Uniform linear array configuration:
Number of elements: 12
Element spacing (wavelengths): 0.5
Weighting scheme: uniform
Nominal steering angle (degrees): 30
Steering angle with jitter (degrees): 30.191
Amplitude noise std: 0.05
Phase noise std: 0.05

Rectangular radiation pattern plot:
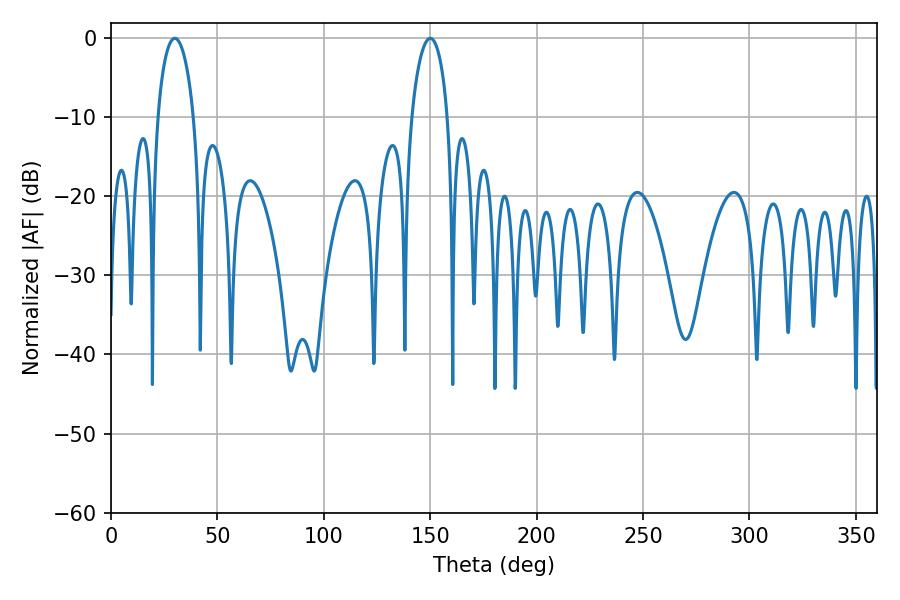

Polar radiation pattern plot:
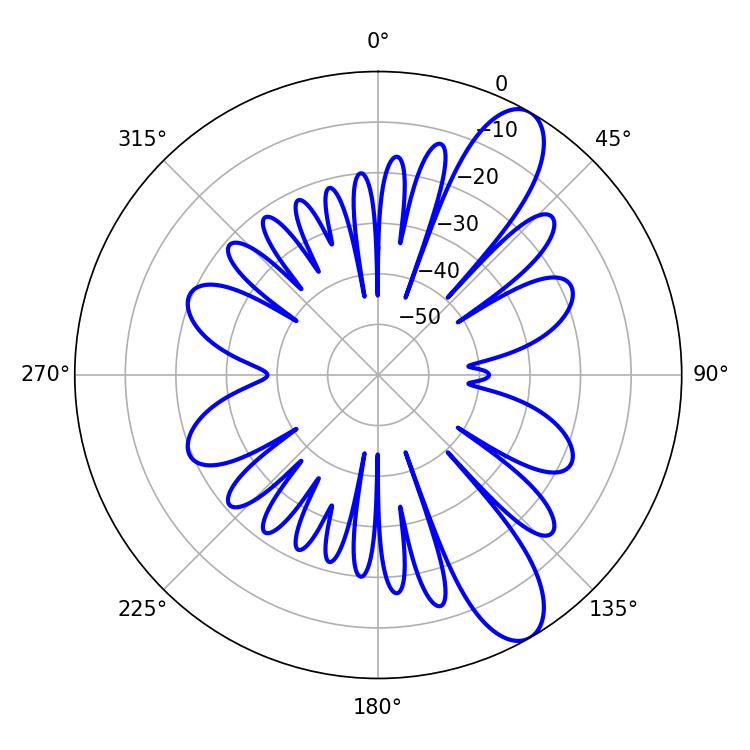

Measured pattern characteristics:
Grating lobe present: FALSE
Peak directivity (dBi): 10.336
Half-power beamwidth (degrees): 9.72
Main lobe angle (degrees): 30.06